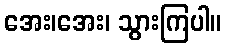
အေး၊အေး၊ သွားကြပါ။